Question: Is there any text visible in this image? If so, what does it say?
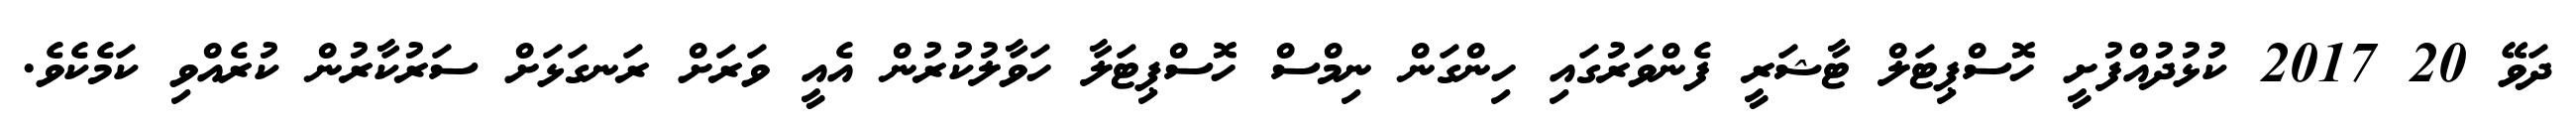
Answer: ދަވޭ 20 2017 ކުޅުދުއްފުށީ ހޮސްޕިޓަލް ޓާޝަރީ ފެންވަރުގައި ހިންގަން ނިމްސް ހޮސްޕިޓަލާ ހަވާލުކުރުން އެއީ ވަރަށް ރަނގަޅަށް ސަރުކާރުން ކުރެއްވި ކަމެކެވެ.